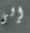
إلى